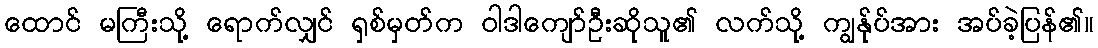
ထောင် မကြီးသို့ ရောက်လျှင် ရှစ်မှတ်က ဝါဒါကျော်ဦးဆိုသူ၏ လက်သို့ ကျွန်ုပ်အား အပ်ခဲ့ပြန်၏။